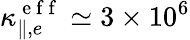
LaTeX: \kappa_{\parallel,e}^{\mathrm{~e~f~f~}}\simeq 3\times 10^{6}